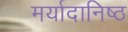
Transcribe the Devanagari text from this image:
मर्यादानिष्ठ